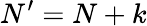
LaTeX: N^{\prime}=N+k